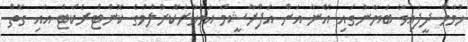
ހުމާމް ދީފައިވާ ބަޔާނުގައި އޭނާ އަށް އަފްރާޝީމް އަވަހާރަކޮށްލުމުގެ ކޮންޓްރެކްޓް އައި ގޮތް